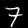
Digit: 7